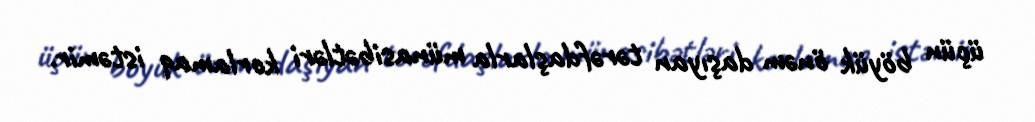
üçün böyük önəm daşıyan tərəfdaşlarla münasibətləri korlamaq istəmir.